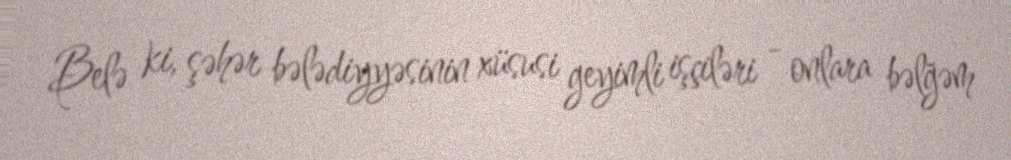
Belə ki, şəhər bələdiyyəsinin xüsusi geyimli işçiləri - onlara bəlğəm